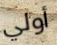
أولي